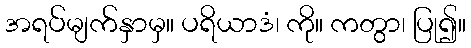
အရပ်မျက်နှာမှ။ ပရိယာဒံ၊ ကို။ ကတွာ၊ ပြု၍။